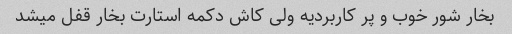
بخار شور خوب و پر کاربردیه ولی کاش دکمه استارت بخار قفل میشد